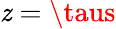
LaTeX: \mathit{z}=\taus